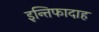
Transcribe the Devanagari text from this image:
इन्तिफादाह